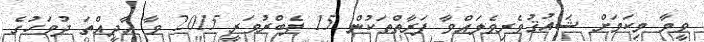
ވީމާ މިކަމަށް ޝައުޤުވެރިވެލައްވާ ފަރާތްތަކުން 15 ފެބްރުވަރީ 2015 ވާ އާދީއްތަ ދުވަހުގެ